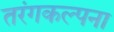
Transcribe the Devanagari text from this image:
तरंगकल्पना